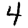
Digit: 4